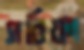
সরিফা